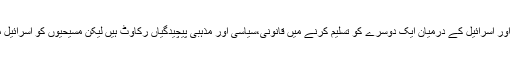
ہم چاہتے ہیں کہ بھلے ہی پاکستان اور اسرائیل کے درمیان ایک دوسرے کو تسلیم کرنے میں قانونی،سیاسی اور مذہبی پیچیدگیاں رکاوٹ ہیں لیکن مسیحیوں کو اسرائیل میں جانے کی اجازت ملنی چاہیے۔